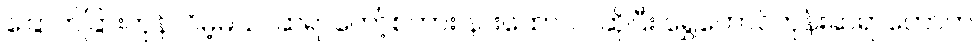
ခြောက်ခြားကုန်လိမ့်မယ်၊ ဆရာတော့်စကား နားထောင်ပါဆိုပြီး ရွှေတောင်ကုန်းဆရာတော်က